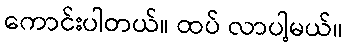
ကောင်းပါတယ်။ ထပ် လာပါ့မယ်။